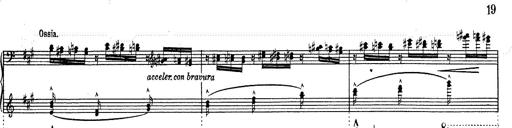
Title: RÃ©miniscences de Don Juan
Composer: Franz Liszt